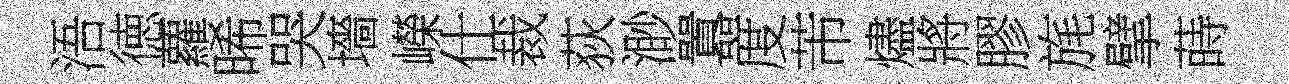
浯徳蘿晞哭墻嶸仕裁荻渺囂度芾燼將膠旄擘蒔